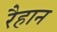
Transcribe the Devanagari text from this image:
रैहान